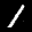
Label: 1